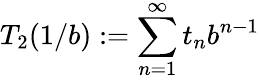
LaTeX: T_{2}(1/b):=\sum_{n=1}^{\infty}t_{n}b^{n-1}